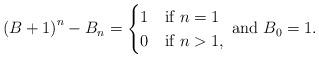
LaTeX: \begin{align*}\left(B+1\right)^{n}-B_{n}=\begin{cases}1 & \mbox{if }n=1\\0 & \mbox{if }n>1,\end{cases}\:\mbox{and }B_{0}=1.\end{align*}